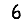
Digit: 6